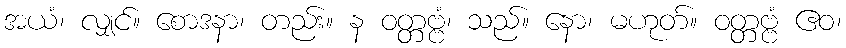
အယံ၊ လျှင်။ စောဒနာ၊ တည်း။ န ဝတ္တဗ္ဗံ၊ သည်။ နော၊ မဟုတ်။ ဝတ္တဗ္ဗံ ဧဝ၊